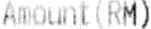
AMOUNT(RM)